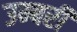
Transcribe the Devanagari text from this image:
उम्बरी